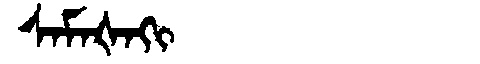
Manchu: ᠰᠠᠮᠠᡧᠠᡴᡳ
Romanization: SAMAŠAKI